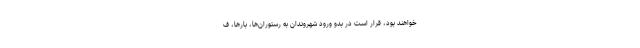
خواهند بود، قرار است در بدو ورود شهروندان به رستوران‌ها، بارها، ف